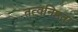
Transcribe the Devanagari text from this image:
तत्वनिष्ठता